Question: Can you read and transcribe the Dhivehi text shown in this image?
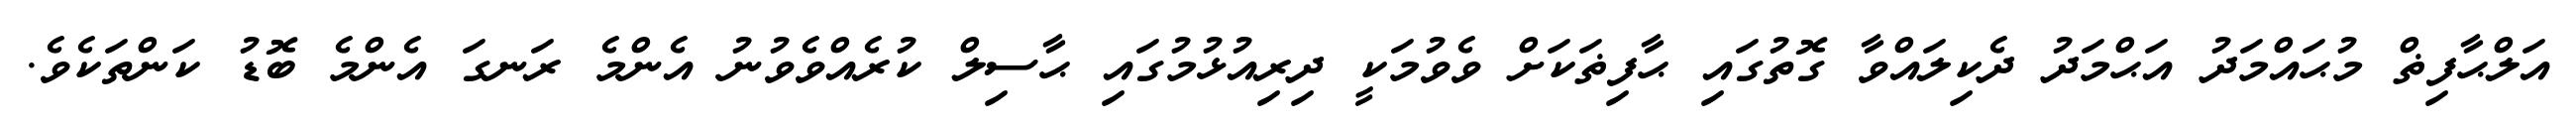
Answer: އަލްޙާފިޡް މުޙައްމަދު އަޙްމަދު ދެކިލައްވާ ގޮތުގައި ޙާފިޡަކަށް ވެވުމަކީ ދިރިއުޅުމުގައި ޙާސިލް ކުރެއްވެވުނު އެންމެ ރަނގަ އެންމެ ބޮޑު ކަންތަކެވެ.